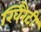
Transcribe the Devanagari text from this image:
खिरैटी